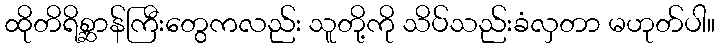
ထိုတိရိစ္ဆာန်ကြီးတွေကလည်း သူတို့ကို သိပ်သည်းခံလှတာ မဟုတ်ပါ။